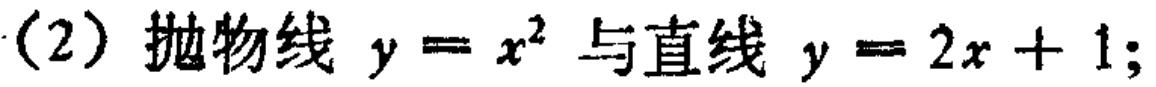
（2）抛物线 \(y = x^{2}\) 与直线 \(y = 2x + 1\);